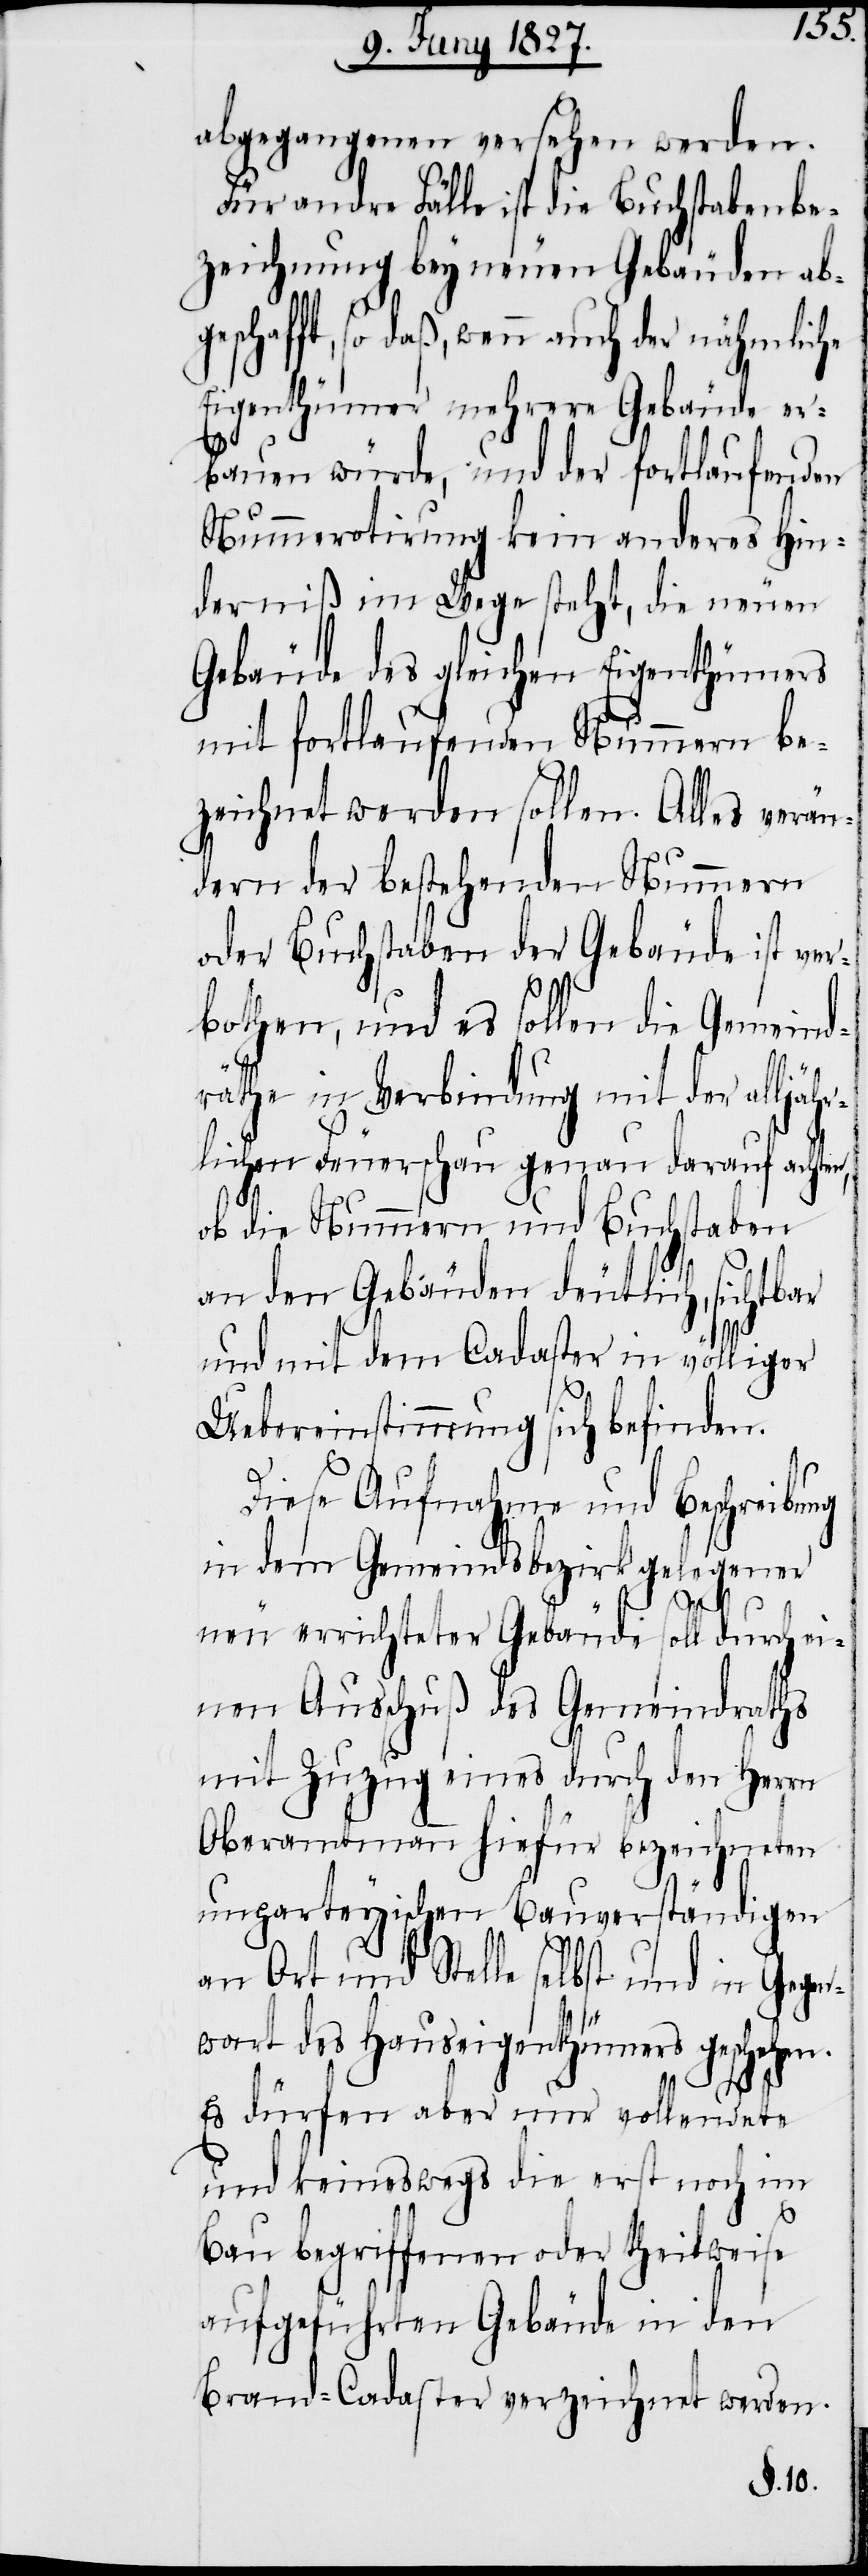
abgegangenen versehen werden.
Für andre Fälle ist die Buchstabenbe¬
zeichnung bey neuen Gebäuden abg¬
eschafft, so daß, wenn auch der nähmliche
Eigenthümer mehrere Gebäude er¬
bauen würde, und der fortlaufenden
Nummerotirung kein andere Hin¬
derniß im Wege steht, die neuen
Gebäude des gleichen Eigenthümers
mit fortlaufenden Nummern be¬
zeichnet werden sollen. Alles verän¬
dern der bestehenden Nummern
oder Buchstaben der Gebäude ist ver¬
bothen, und es sollen die Gemeind¬
räthe in Verbindung mit der alljäh¬
rlichen Feuerschau genau darauf achten,
ob die Nummern und Buchstaben
an den Gebäuden deutlich, sichtbar
und mit dem Cadaster in völliger
Uebereinstimmung sich befinden.
Diese Aufnahme und Beschreibung
in dem Gemeindsbezirk gelegener
neu errichteter Gebäude soll durch ei¬
nen Ausschuß des Gemeindraths
mit Zuzug eines durch den Herrn
Oberamtmann hiefür bezeichneten
unparteyischen Bauverständigen
an Ort und Stelle selbst und in Gegen¬
wart des Hauseigenthümers geschehen.
Es dürfen aber nur vollendete
und keineswegs die erst noch im
Bau begriffenen oder theilweise
aufgeführten Gebäude in den
Brand-Cadaster verzeichnet werden.